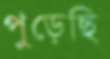
পুড়েছি